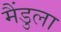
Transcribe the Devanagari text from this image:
मैंडुला